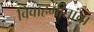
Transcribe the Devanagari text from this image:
विवाहगीतांचा